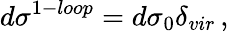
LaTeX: d\sigma^{1-loop}=d\sigma_{0}\delta_{vir}\, ,